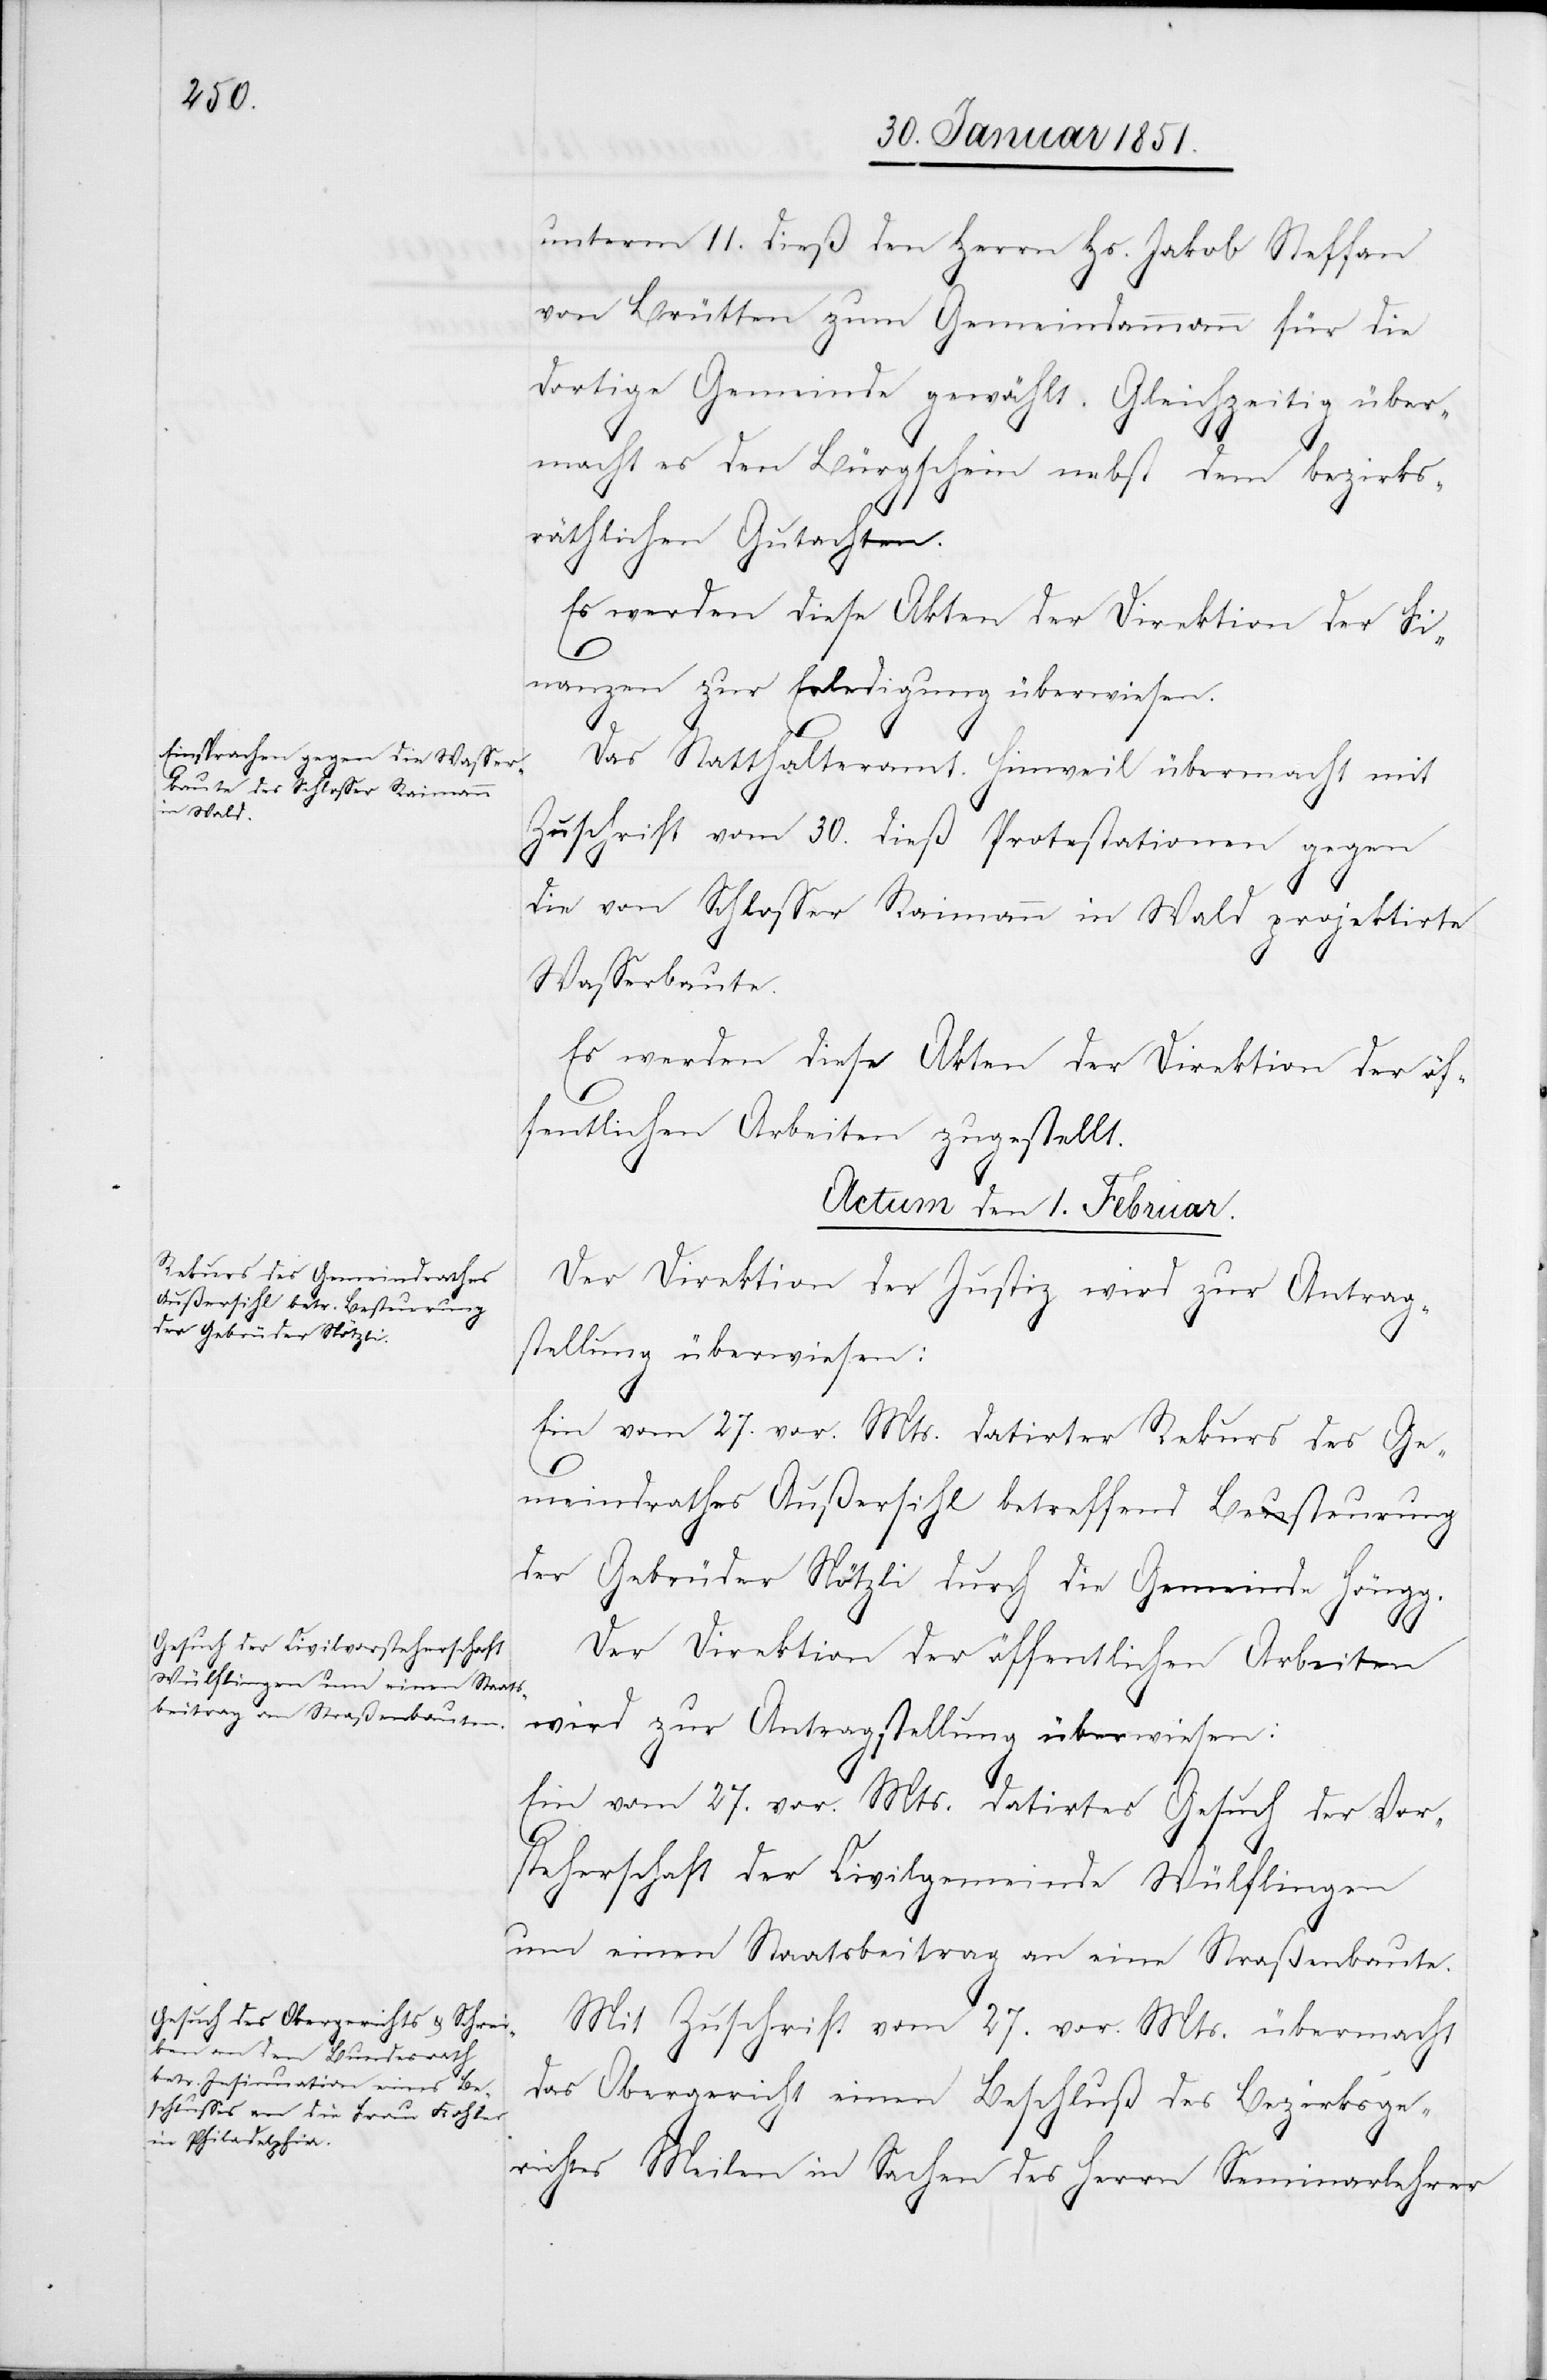
unterm 11. dieß den Herrn Hs. Jakob Steffan
von Brütten zum Gemeindammann für die
dortige Gemeinde gewählt. Gleichzeitig über¬
macht es den Bürgschein nebst dem bezirks¬
räthlichen Gutachten.
nanzen zur Erledigung überwiesen.
Das Statthalteramt Hinweil übermacht mit
Zuschrift vom 30. dieß Protestationen gegen
die von Schlosser Raimann in Wald projektirte
Wasserbaute.
Es werden diese Akten der Direktion der öf¬
fentlichen Arbeiten zugestellt.
Actum den 1. Februar.]
Der Direktion der Justiz wird zur Antrag¬
stellung überwiesen:
Ein vom 27. vor. Mts. datirter Rekurs des Ge¬
meindrathes Außersihl betreffend Besteurung
der Gebrüder Nötzli durch die Gemeinde Höngg.
Der Direktion der öffentlichen Arbeiten
wird zur Antragstellung überwiesen:
Ein vom 27. vor. Mts. datirtes Gesuch der Vor¬
steherschaft der Civilgemeinde Wülflingen
um einen Staatsbeitrag an eine Straßenbaute.
Mit Zuschrift vom 27. vor. Mts. übermacht
das Obergericht einen Beschluß des Bezirksge¬
richtes Meilen in Sachen des Herrn Seminarlehrer